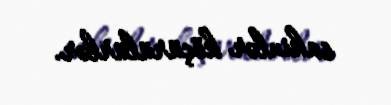
sakinlər köçürülürlər.